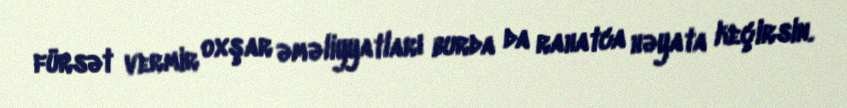
fürsət vermir oxşar əməliyyatları burda da rahatca həyata keçirsin.